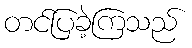
တင်ပြခဲ့ကြသည်